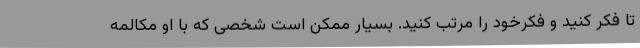
تا فکر کنید و فکرخود را مرتب کنید. بسیار ممکن است شخصی که با او مکالمه